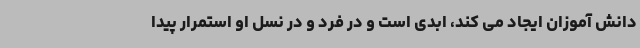
دانش آموزان ایجاد می کند، ابدی است و در فرد و در نسل او استمرار پیدا